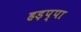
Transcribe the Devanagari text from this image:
हड़प्‍पा